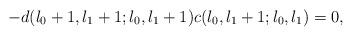
\begin{align*}-d(l_{0}+1,l_{1}+1;l_{0},l_{1}+1)c(l_{0},l_{1}+1;l_{0},l_{1})=0,\end{align*}